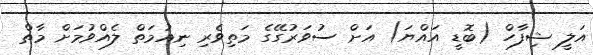
އަލީ ޝިފާހް (ބޮޑީ އައްޔަ) އަށް ސުވަރުގޭގެ މަތިވެރި ނިއުމަތް ލެއްވުމަށް މާތް